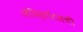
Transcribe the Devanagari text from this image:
अॅरिस्टॉटलची